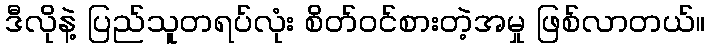
ဒီလိုနဲ့ ပြည်သူတရပ်လုံး စိတ်ဝင်စားတဲ့အမှု ဖြစ်လာတယ်။